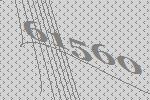
61560